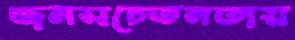
জনসচেতনতায়